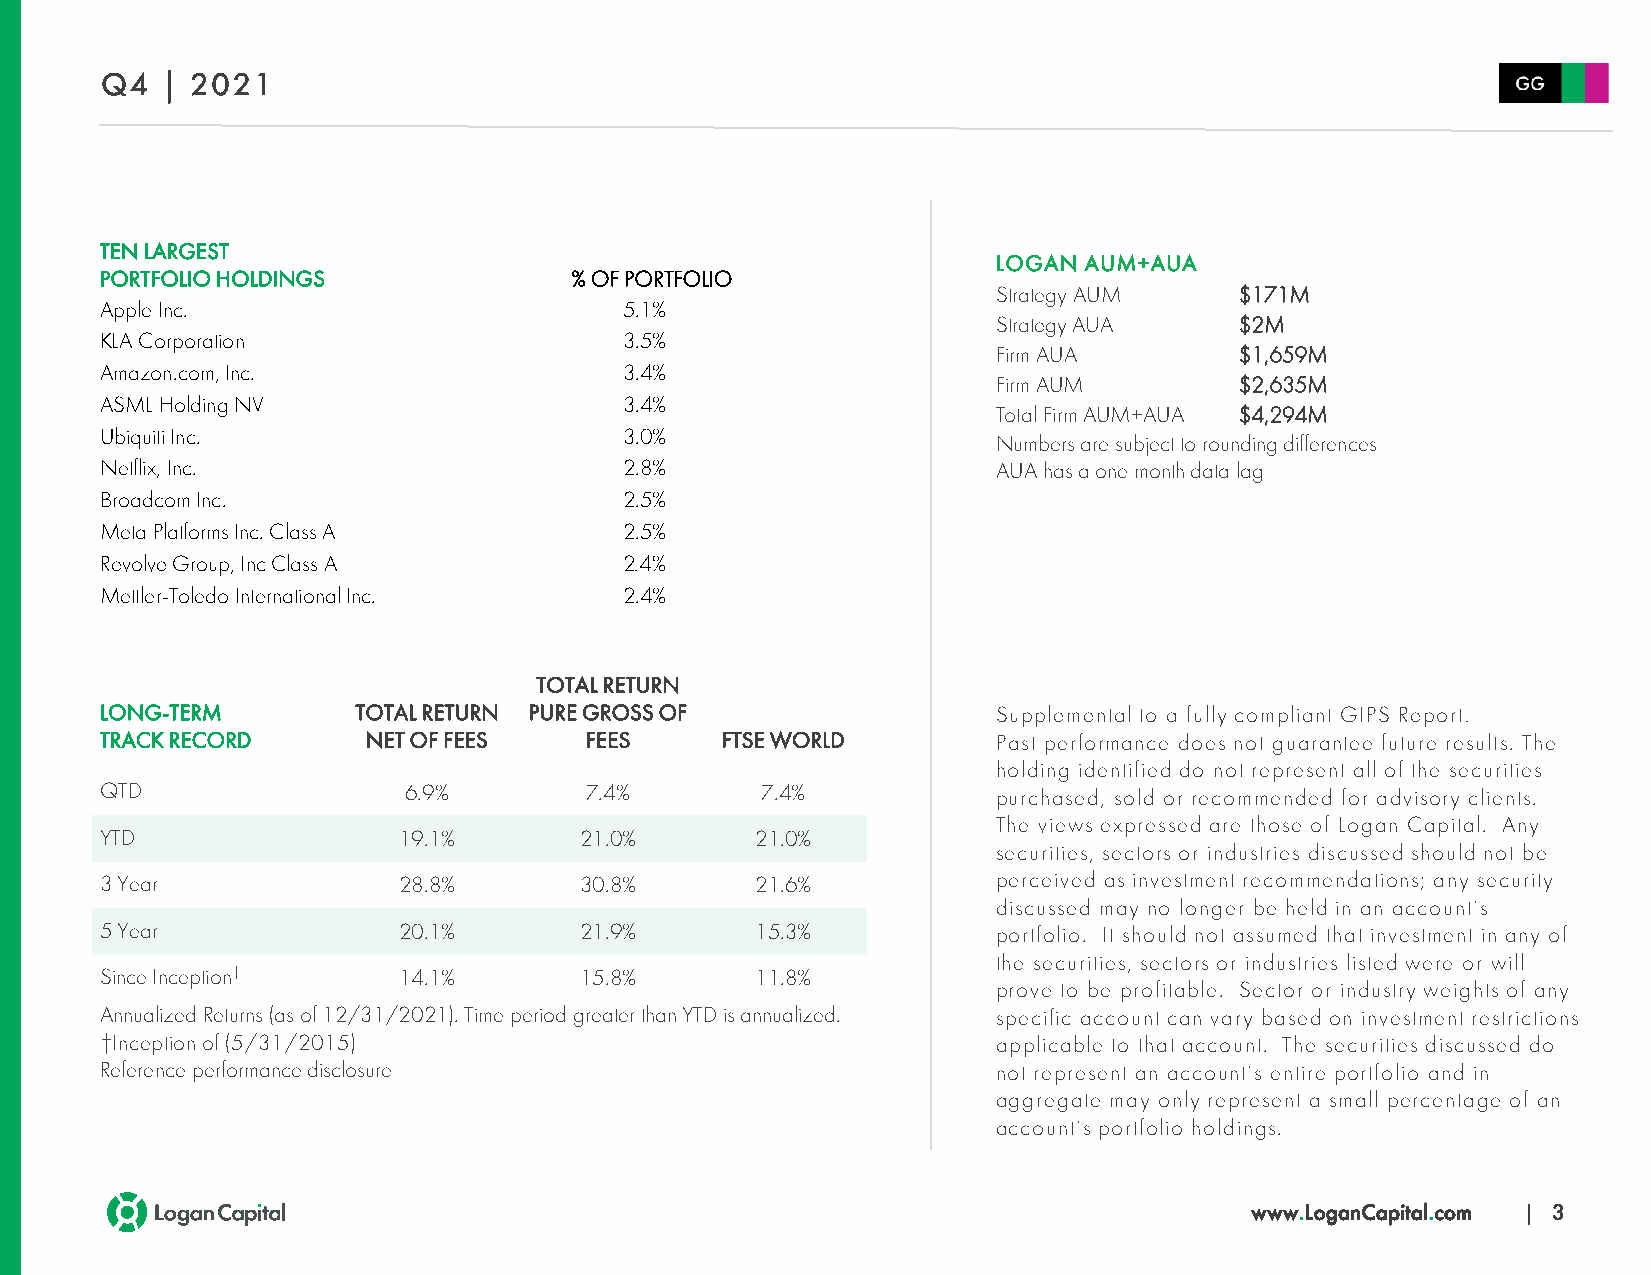
Q4  | 2021
 TEN LARGEST
 LOGAN AUM+AUA
 PORTFOLIO HOLDINGS             % OF PORTFOLIO
 Strategy AUM    $171M
 Apple Inc.                        5.1%
 Strategy AUA    $2M
 KLA Corporation                   3.5%
 Firm AUA        $1,659M
 Amazon.com, Inc.                  3.4%
 Firm AUM        $2,635M
 ASML Holding NV                   3.4%
 Total Firm AUM+AUA $4,294M
 Ubiquiti Inc.                     3.0%
 Numbers are subject to rounding differences
 Netflix, Inc.                     2.8%                     AUAhas a one month data lag
 Broadcom Inc.                     2.5%
 Meta Platforms Inc. Class A       2.5%
 Revolve Group, Inc Class A        2.4%
 Mettler-Toledo International Inc. 2.4%
 TOTAL RETURN
 LONG-TERM        TOTAL RETURN PURE GROSS OF                Supplemental to a fully compliant GIPS Report.
 TRACK RECORD     NET OF FEES    FEES     FTSE WORLD        Past performance does not guarantee future results. The
 holding identified do not represent all of the securities
 QTD                 6.9%        7.4%       7.4%            purchased, sold or recommended for advisory clients.
 The views expressed are those of Logan Capital. Any
 YTD                19.1%       21.0%       21.0%
 securities, sectors or industries discussed should not be
 3 Year             28.8%       30.8%       21.6%           perceived as investment recommendations; any security
 discussed may no longer be held in an account’s
 5 Year             20.1%       21.9%       15.3%           portfolio. It should not assumed that investment in any of
 the securities, sectors or industries listed were or will
 Since Inception†   14.1%       15.8%       11.8%
 prove to be profitable. Sector or industry weights of any
 Annualized Returns (as of 12/31/2021). Time period greater than YTD is annualized. specific account can vary based on investment restrictions
 †Inception of (5/31/2015)                                  applicable to that account. The securities discussed do
 Reference performance disclosure                           not represent an account’s entire portfolio and in
 aggregate may only represent a small percentage of an
 account’s portfolio holdings.
 www.LoganCapital.com | 3